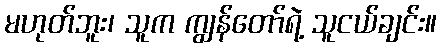
မဟုတ်ဘူး၊ သူက ကျွန်တော်ရဲ့ သူငယ်ချင်း။